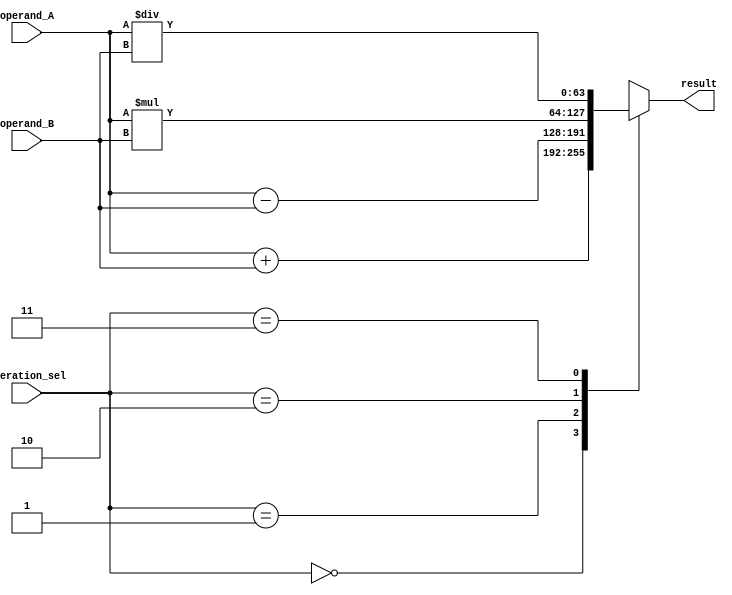
module TriplePrecisionFloatingPointUnit (
    input [63:0] operand_A,
    input [63:0] operand_B,
    input [1:0] operation_sel,
    output reg [63:0] result
);

reg [63:0] add_result, sub_result, mul_result, div_result;

always @(*)
begin
    case(operation_sel)
        2'b00: begin // Addition
            add_result = operand_A + operand_B;
            result = add_result;
        end
        2'b01: begin // Subtraction
            sub_result = operand_A - operand_B;
            result = sub_result;
        end
        2'b10: begin // Multiplication
            mul_result = operand_A * operand_B;
            result = mul_result;
        end
        2'b11: begin // Division
            div_result = operand_A / operand_B;
            result = div_result;
        end
    endcase
end

endmodule